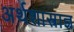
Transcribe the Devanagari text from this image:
अर्थशास्त्राज्ञ